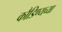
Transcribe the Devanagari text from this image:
कौडिण्यच्या